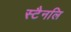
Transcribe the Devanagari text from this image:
स्टैनलि